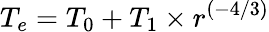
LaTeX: T_{e}=T_{0}+T_{1}\times r^{(-4/3)}